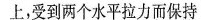
上，受到两个水平拉力而保持